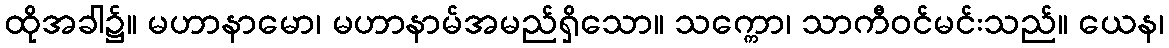
ထိုအခါ၌။ မဟာနာမော၊ မဟာနာမ်အမည်ရှိသော။ သက္ကော၊ သာကီဝင်မင်းသည်။ ယေန၊